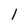
Character: l